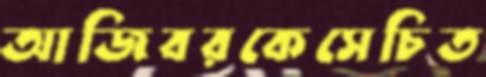
আজিবরকেসেচিত